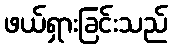
ဖယ်ရှားခြင်းသည်